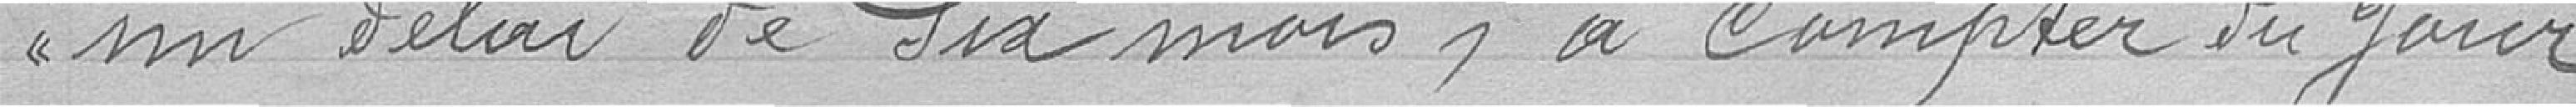
un délai de six mois, à,compter du jour